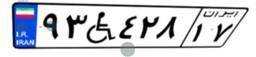
۹۳W۴۲۸۱۷